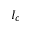
I _ { c }